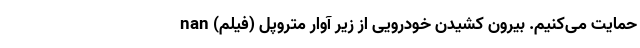
حمایت می‌‌کنیم. بیرون کشیدن خودرویی از زیر آوار متروپل (فیلم) nan